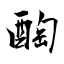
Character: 醄